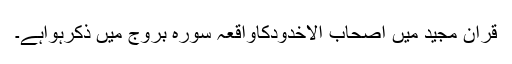
قرآن مجید میں اصحاب الاخدودکاواقعہ سورہ بروج میں ذکرہواہے۔